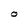
Character: O